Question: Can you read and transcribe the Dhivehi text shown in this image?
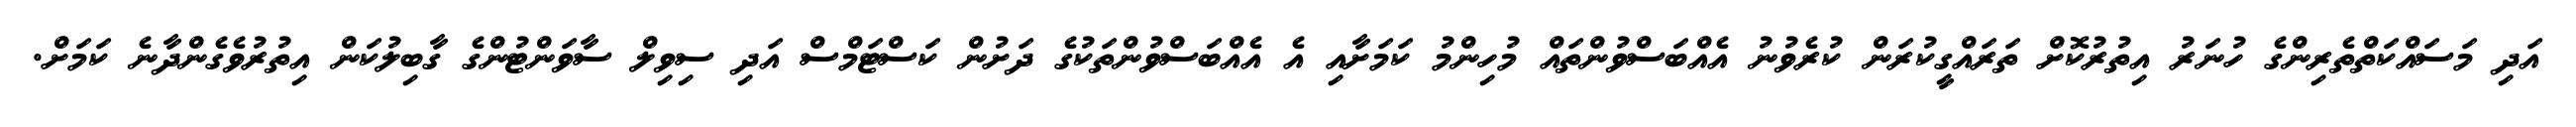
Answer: އަދި މަސައްކަތްތެރިންގެ ހުނަރު އިތުރުކޮށް ތަރައްގީކުރަން ކުރެވުނު އެއްބަސްވުންތައް މުހިންމު ކަމަށާއި އެ އެއްބަސްވުންތަކުގެ ދަށުން ކަސްޓަމްސް އަދި ސިވިލް ސާވަންޓުންގެ ގާބިލުކަން އިތުރުވެގެންދާނެ ކަމަށް.